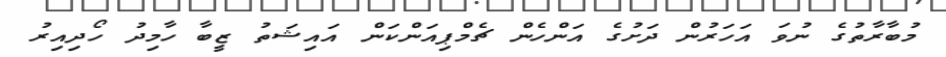
މުބާރާތުގެ ނުވަ އަހަރުން ދަށުގެ އަންހެން ޗެމްޕިއަންކަން އައިޝަތު ޒީބާ ހާމިދު ހޯދިއިރު